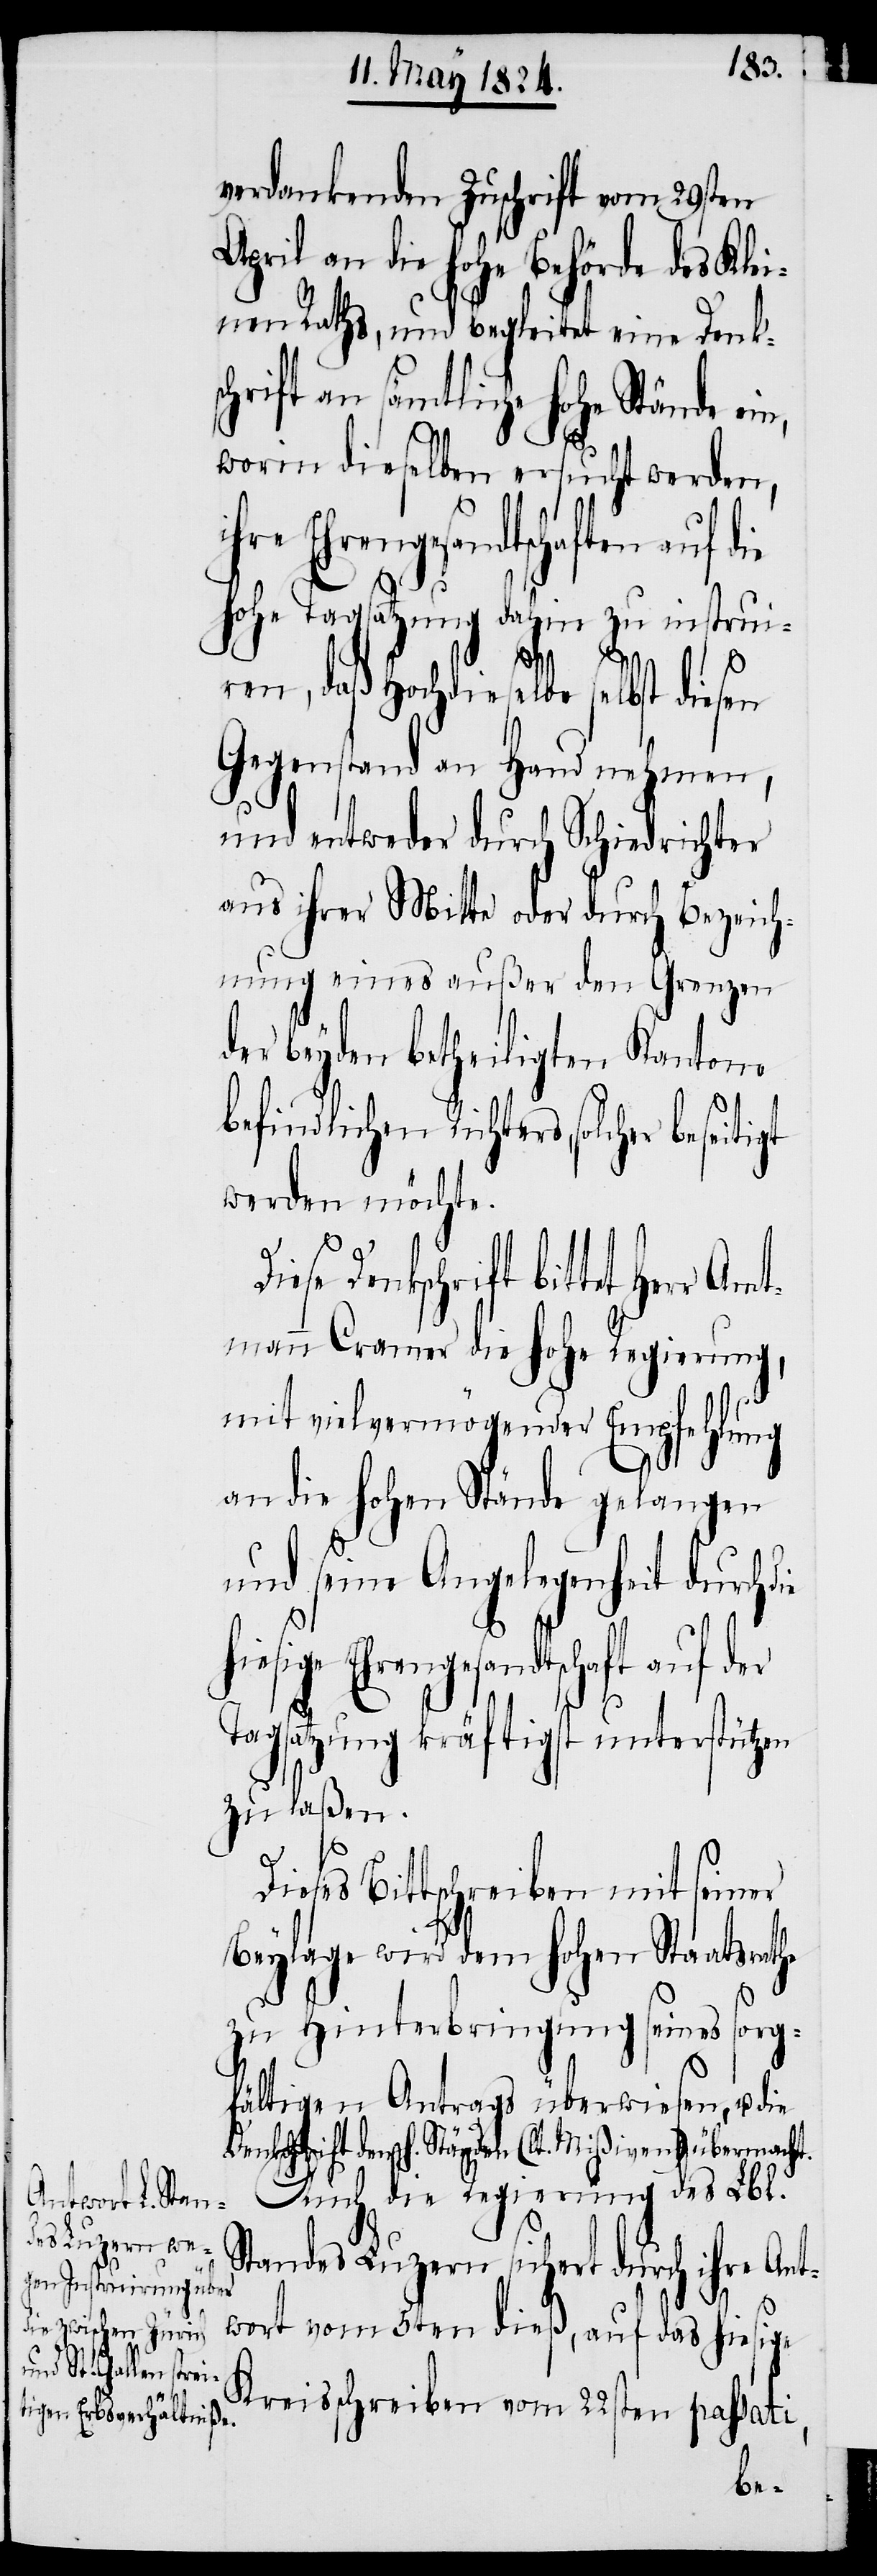
verdankenden Zuschrift vom 29sten
ril an die hohe Behörde des Klei¬
nen Raths, und begleitet eine Denks¬
chrift an sämtliche hohe Stände ei¬
worin dieselben ersucht werden,
ige Ehrengesandtschaft auf der
hohe Tagsatzung dahin zu instrui¬
he
ren, daß Hochdieselbe selbst diesen
Gegenstand an Hand nehmen,
und entweder durch Schiedrichter
aus ihrer Mitte oder durch Bezeich¬
nung eines außer den Grenzen
der beyden betheiligten Kantone
befindlichen Richters, solch¬
werden möchte.
die hies¬
mtmann Cramer die hohe Regierung,
mit vielvermögender Empfehlung
an die hohen Stände gelangen
und seine Angelegenheit durch
Tagsatzung kräftigst unterstützen
zu laßen.
Dieses Bittschreiben mit seiner
Beylage wird dem hohen Staatsrat¬
zu Hinterbringung seines sorg¬
fältigen Antrags überwiesen, u. die
Denkschrift den h. Ständen (lt. Mißiven) übermacht.
Auch die Regierung des Lbl.
Ap¬
Standes Luzern sichert durch ihre Ant¬
wort vom 5ten dieß, auf das hiesige
Kreisschreiben vom 22sten passati,